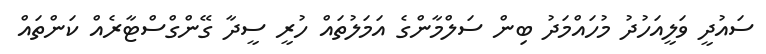
ސައުދީ ވަލީއަހުދު މުހައްމަދު ބިން ސަލްމާންގެ އަމަލުތައް ހުރީ ސީދާ ގޭންގްސްޓާރެއް ކަންތައް